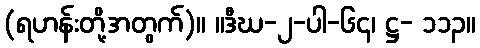
(ရဟန်းတို့အတွက်)။ ။ဒီဃ-၂-ပါ-၆၄၊ ဋ္ဌ- ၁၁၃။